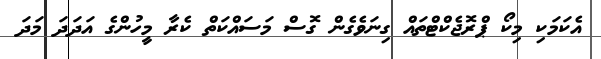
އެކަމަކި މިކޯ ޕްރޮޖެކްޓްތައް ގިނަވެގެން ގޮސް މަސައްކަތް ކެރާ މީހުންގެ އަދަދަ މަދަ